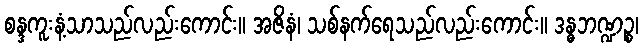
စန္ဒကူးနံ့သာသည်လည်းကောင်း။ အဇိနံ၊ သစ်နက်ရေသည်လည်းကောင်း။ ဒန္ဓဘဏ္ဍဉ္စ၊